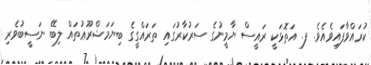
ކުރައްވާފައިވެއެވެ. ފ. އަތޮޅަކީ ރައީސް ޔާމީނުގެ ސަރުކާރުގައި ތަރައްގީގެ ބިޔަމަޝްރޫޢުތައް ލިބޭ ނަސީބުވެރި